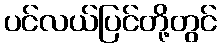
ပင်လယ်ပြင်တို့တွင်